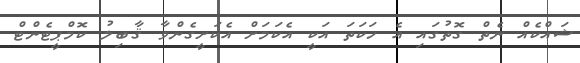
ޝައްކެއް ނެތް ގޮތުގައި އެ ހަކަތަ އަކީ އެކަމަށް އެކަށީގެންވާ ޤާބިލު ކޮމްޕީޓެންޓް